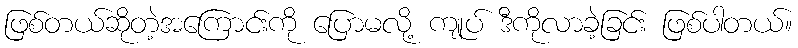
ဖြစ်တယ်ဆိုတဲ့အကြောင်းကို ပြောမလို့ ကျုပ် ဒီကိုလာခဲ့ခြင်း ဖြစ်ပါတယ်။